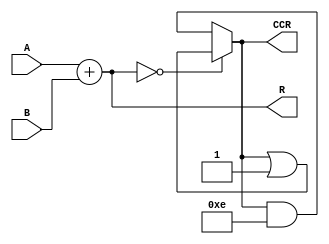
//SUM: suma de dos numeros

//A y B: entradas (op_size bits)
//R: resultado (op_size bits)
//CCR: condition code registers

//R=A+B

//CCR con 4 flags:

//C: carry flag. 
//   =1 si hubo carry en el MSB.
//   =0 si no hubo carry en el MSB.

//V: overflow flag. 
//   =1 si la suma de dos numeros negativos es positiva.
//   =0 si la suma de dos numeros negativos es positiva.
//   (con interpretacion signada)

//N: negative flag. 
//   =1 si el MSB de R es 1 (es decir, si en interpretacion signada, R<0).
//   =0 si el MSB de R es 0 (es decir, si en interpretacion signada, R>=0).

//Z: zero flag
//   =1 si R==0.
//   =1 si R!=0.

//5 ticks: 1 tick calculo, 4ticks CCR

module sum(R, CCR, A, B);

parameter op_size = 4;
parameter c_mask='b1000, v_mask='b0100, n_mask='b0010, z_mask='b0001;   //mascaras para los flags del ccr


output reg [3:0] CCR;           //condition code register
output reg [op_size-1:0] R;     //resultado
input[op_size-1:0] A,B;         //input

always @(A,B) 
    begin
    //seteo resultado
    R = A+B;
    #1

    //seteo carry flag
    if( (A[op_size-1] &&  B[op_size-1])
     || (A[op_size-1] && ~R[op_size-1])
     || (B[op_size-1] && ~R[op_size-1]))
        begin
        CCR <= (CCR | c_mask);
        //$display("C=1");
    end else begin 
        CCR <= (CCR & ~c_mask);
        //$display("C=0");
        end    
    #1

    //seteo overflow flag
    if( (A[op_size-1] && B[op_size-1] && ~R[op_size-1])
     || (A[op_size-1] && B[op_size-1] && ~R[op_size-1]))
        begin 
        CCR <= (CCR | v_mask);
        //$display("V=1"); 
    end else begin
        CCR <= (CCR & (~v_mask));
        //$display("V=0");
        end
        
    #1


    //seteo negative
    if( R[op_size - 1] )
        begin
        CCR <= (CCR | n_mask);
//        $display("N=1");
    end else begin 
        CCR <= (CCR & (~n_mask));
//        $display("N=0");
        end
    #1


    //seteo zero
    if(!R)
        begin
        CCR <= (CCR | z_mask);
//        $display("Z=1");
    end else begin
        CCR <= (CCR & (~z_mask));
//        $display("Z=0");
        end


    end

endmodule

/*
module sum_tst;
reg dummy;

wire [3:0] R, CCR;  //resultado y condition code register;  
reg [3:0] A,B;      //inputs de la suma


sum tst_sum(R, CCR, A, B);
initial begin
dummy = $value$plusargs("A=%d", A);
dummy = $value$plusargs("B=%d", B);
#5 //sum tarda 1 tick en hacer la suma y 4 tick en acomodar el ccr
$display("A=%d",A);
$display("B=%d",B);
$display("A+B=%d",R);
$display("CVNZ");
$display("%b", CCR);

$finish;
end

endmodule
*/